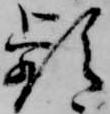
頻